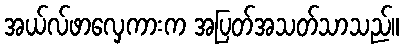
အယ်လ်ဖာလှေကားက အပြတ်အသတ်သာသည်။